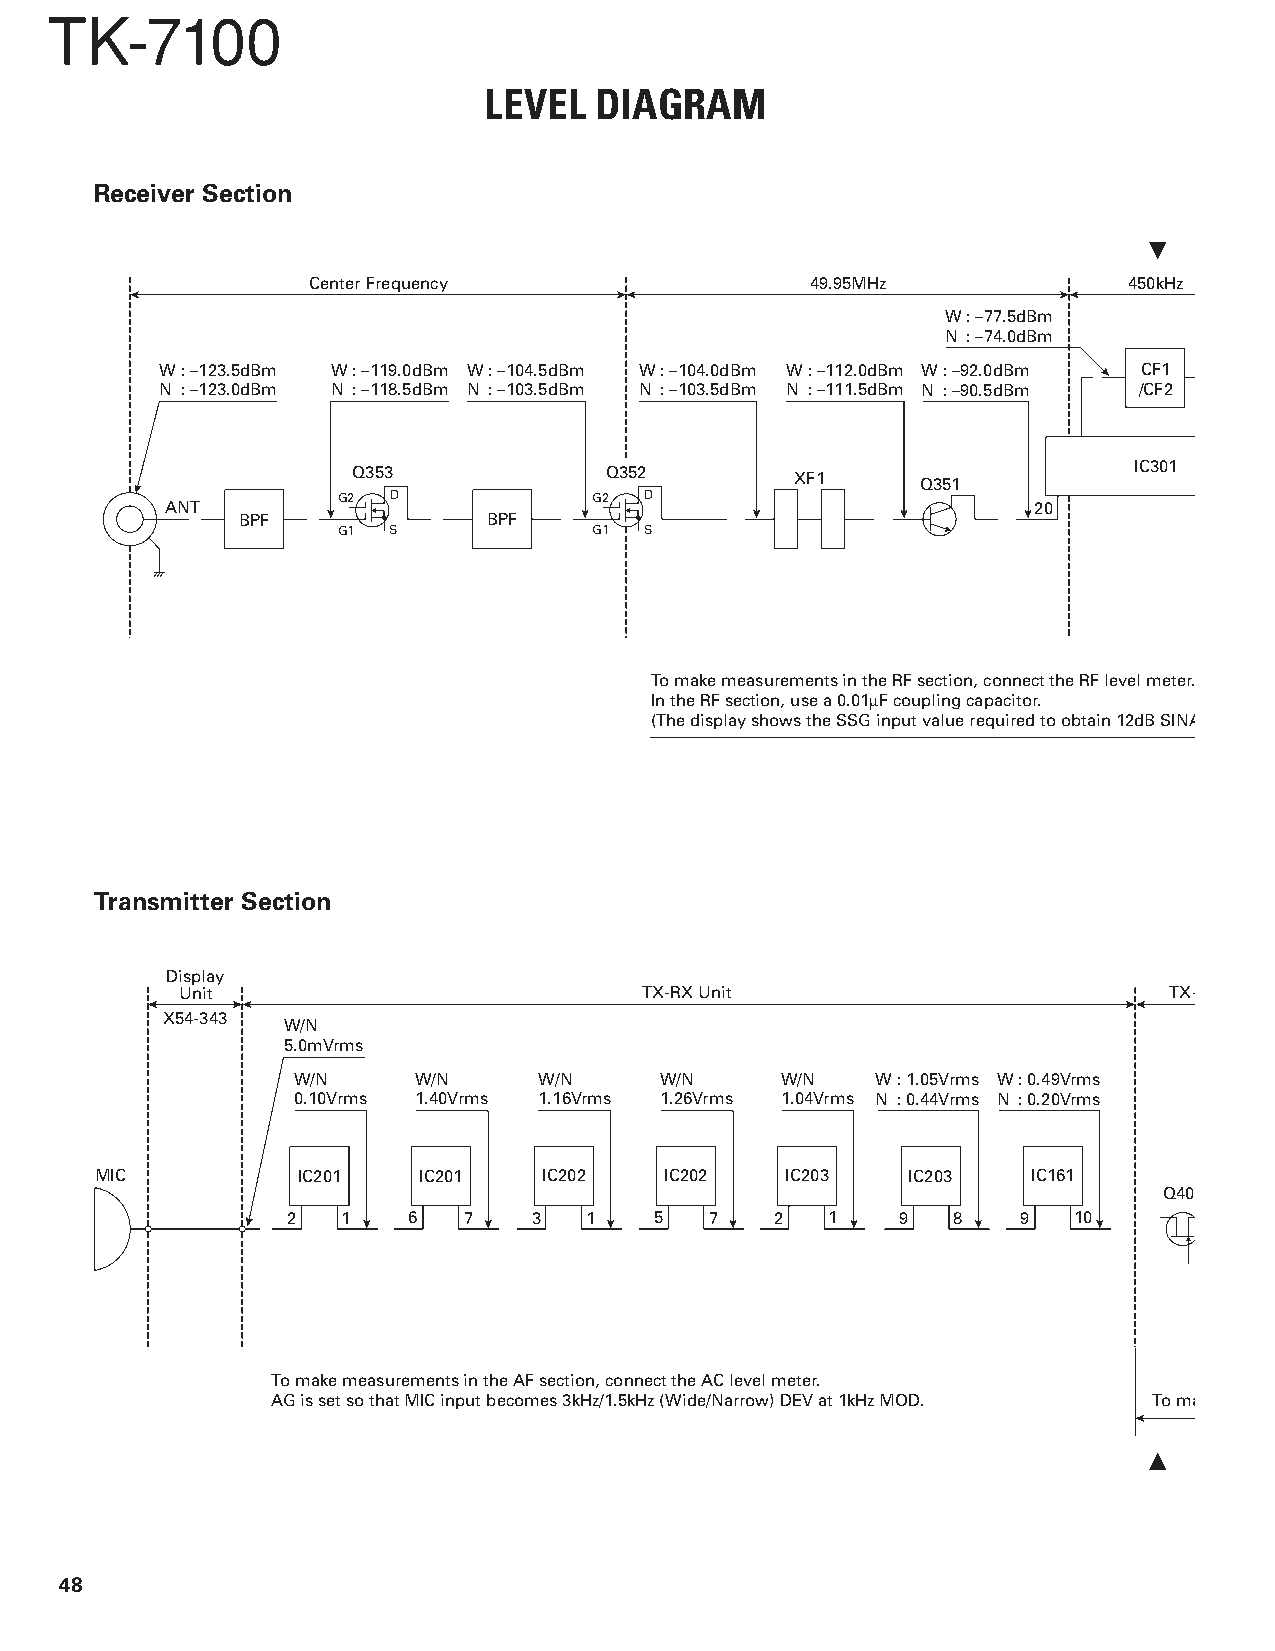
TK-7100
 LEVEL  DIAGRAM
 Receiver Section
 Center Frequency                  49.95MHz             450kHz
 W: –77.5dBm
 N : –74.0dBm
 W: –123.5dBm W: –119.0dBm W: –104.5dBm W: –104.0dBm W: –112.0dBm W: –92.0dBm CF1
 N : –123.0dBm N : –118.5dBm N : –103.5dBm N : –103.5dBm N : –111.5dBm N : –90.5dBm /CF2
 Q353             Q352         XF1     Q351          IC301
 G2  D            G2  D
 ANT                                                      20
 BPF             BPF
 G1  S            G1  S
 To make measurements in the RF section, connect the RF level meter.
 In the RF section, use a 0.01µF coupling capacitor.
 (The display shows the SSG input value required to obtain 12dB SINA
 Transmitter Section
 Display
 Unit                           TX-RX Unit                        TX-
 X54-343
 W/N
 5.0mVrms
 W/N     W/N      W/N     W/N     W/N   W: 1.05Vrms W: 0.49Vrms
 0.10Vrms 1.40Vrms 1.16Vrms 1.26Vrms 1.04Vrms N : 0.44Vrms N : 0.20Vrms
 MIC           IC201   IC201   IC202   IC202   IC203   IC203   IC161
 Q40
 2   1   6   7   3   1   5   7   2   1    9  8    9  10
 To make measurements in the AF section, connect the AC level meter.
 AG is set so that MIC input becomes 3kHz/1.5kHz (Wide/Narrow) DEV at 1kHz MOD. To ma
 48